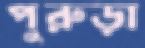
পুরুড়া